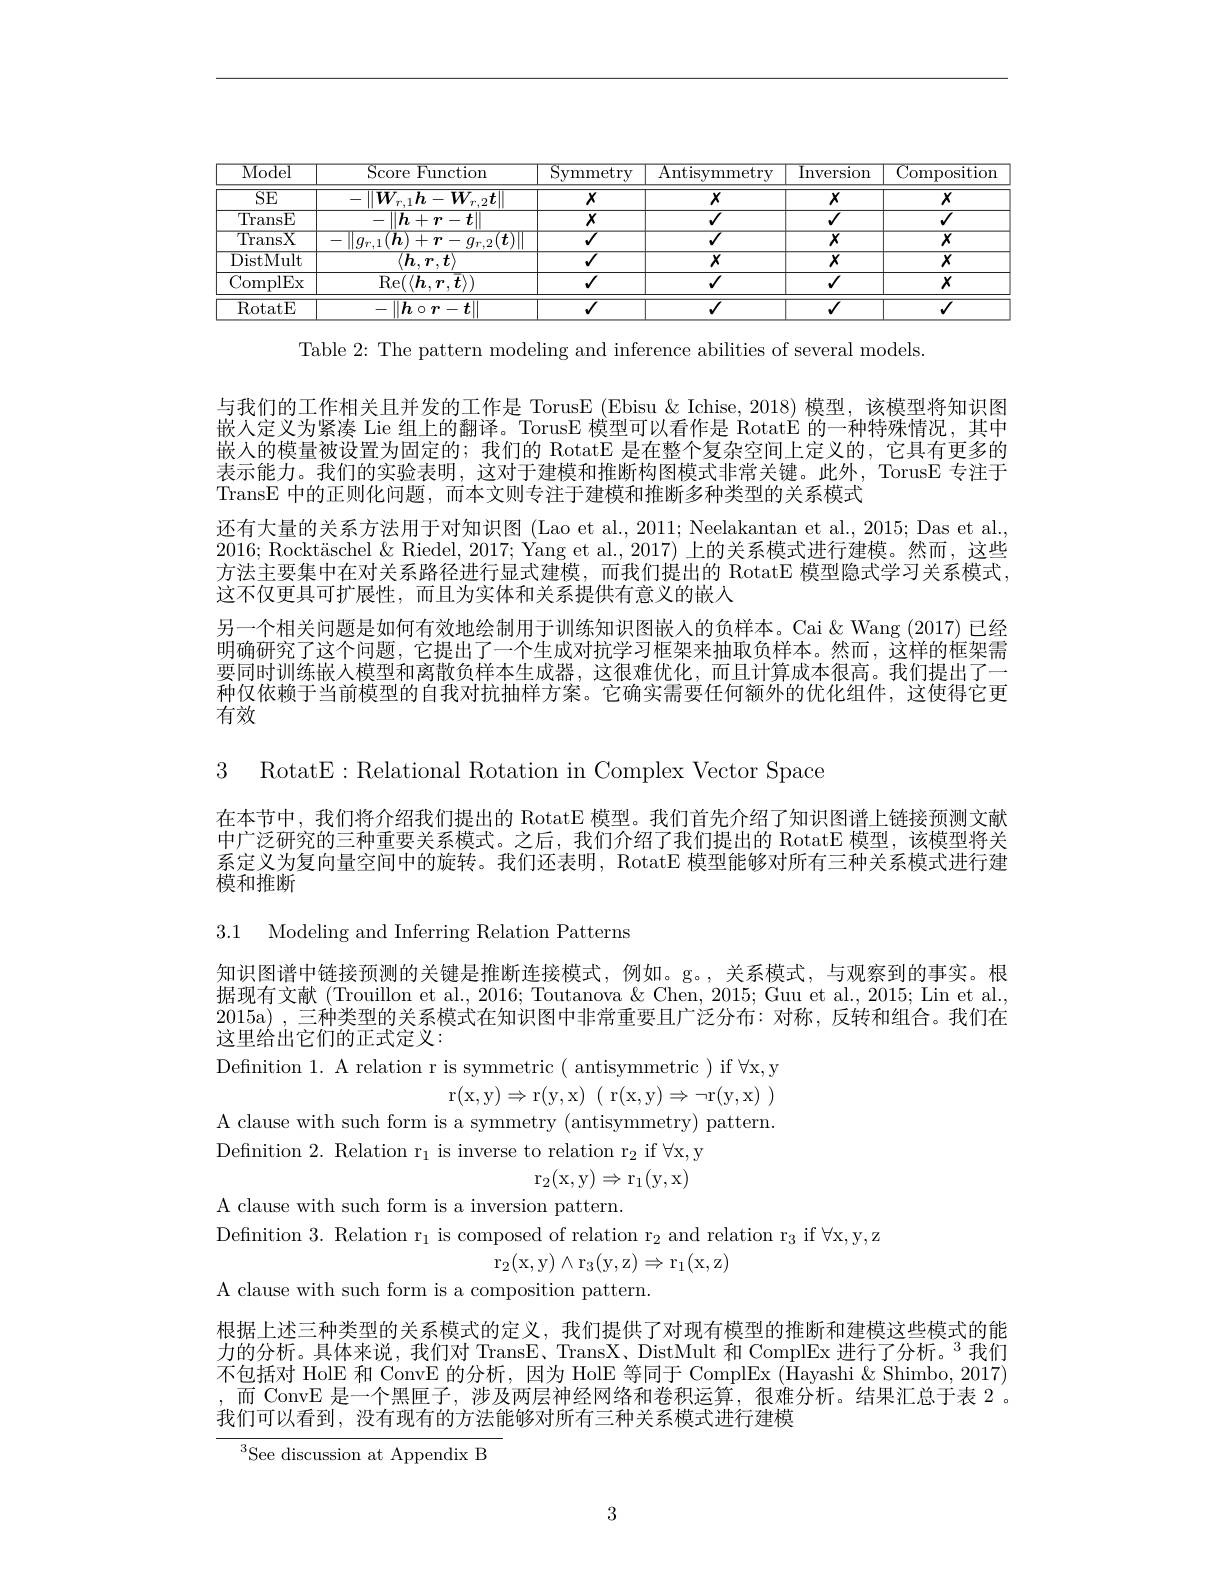
<table>
	<tbody>
		<tr>
			<th>$\overline{\mathrm{Model}}$</th>
			<th>Score Function</th>
			<th>${\mathrm{Symmetry}}$</th>
			<th>Antisymmetry</th>
			<th>$\operatorname{Inversion}$</th>
			<th>${\mathrm{Composition}}$</th>
		</tr>
		<tr>
			<td>$\overline{\mathrm{SE}}$</td>
			<td>$|\boldsymbol{W}_{r.1}\boldsymbol{h}-\boldsymbol{W}_{r.2}\boldsymbol{t}|$</td>
			<td>$X$</td>
			<td>$X$</td>
			<td>$X$</td>
			<td>$X$</td>
		</tr>
		<tr>
			<td>TransE</td>
			<td>$\|h+r-t$</td>
			<td>$X$</td>
			<td>$\overline{J}$</td>
			<td>$\overline{V}$</td>
			<td>$√$</td>
		</tr>
		<tr>
			<td>$\overline{{\mathrm{TransX}}}$</td>
			<td>$U_{r^{*}}$ $(h)$ + 1/ $q_{r.2}$ $t$</td>
			<td>$\overline{V}$</td>
			<td>$\overline{V}$</td>
			<td>$\overline{X}$</td>
			<td>$\overline{X}$</td>
		</tr>
		<tr>
			<td>DistMult</td>
			<td>$\overline{\langle\boldsymbol{h},\boldsymbol{r},\boldsymbol{t}\rangle}$</td>
			<td>$\sqrt{V}$</td>
			<td>$\overline{X}$</td>
			<td>$\overline{x}$</td>
			<td>$\overline{X}$</td>
		</tr>
		<tr>
			<td>ComplEx</td>
			<td>$\operatorname{Re}(\langle\boldsymbol{h},\boldsymbol{r},\overline{\boldsymbol{t}}\rangle)$</td>
			<td>$√$</td>
			<td>$√$</td>
			<td>$√$</td>
			<td>$X$</td>
		</tr>
		<tr>
			<td>RotatE</td>
			<td>$\|\boldsymbol{h}\circ\boldsymbol{r}-t\|$</td>
			<td>$\overline{V}$</td>
			<td>$\overline{V}$</td>
			<td>$\overline{V}$</td>
			<td>$\overline{V}$</td>
		</tr>
	</tbody>
</table>

Table 2: The pattern modeling and inference abilities of several models.

与我们的工作相关且并发的工作是 TorusE (Ebisu & Ichise, 2018) 模型，该模型将知识图嵌人定义为紧凑 Lie 组上的翻译。TorusE 模型可以看作是 Rotat$\dot{\mathcal{E}}$的一种特殊情况，其中嵌人的模量被设置为固定的；我们的 RotatE 是在整个复杂空间上定义的，它具有更多的表示能力。我们的实验表明，这对于建模和推断构图模式非常关键。此外，TorusE 专注于TransE 中的正则化问题，而本文则专注于建模和推断多种类型的关系模式
还有大量的关系方法用于对知识图 (Lao et al., 2011; Neelakantan et al., 2015; Das et al. 2016; Rocktäschel $\&$ Riedel, 2017; Yang et al., 2017) 上的关系模式进行建模。然而，这些方法主要集中在对关系路径进行显式建模，而我们提出的 RotatE 模型隐式学习关系模式， 这不仅更具可扩展性，而且为实体和关系提供有意义的嵌入
另一个相关问题是如何有效地绘制用于训练知识图嵌人的负样本。Cai&Wang (2017) 已经明确研究了这个问题，它提出了一个生成对抗学习框架来抽取负样本。然而，这样的框架需要同时训练嵌人模型和离散负样本生成器，这很难优化，而且计算成本很高。我们提出了一种仅依赖于当前模型的自我对抗抽样方案。它确实需要任何额外的优化组件，这使得它更有效

3 RotatE:Relational Rotation in Complex Vector Space

在本节中，我们将介绍我们提出的 RotatE 模型。我们首先介绍了知识图谱上链接预测文献中广泛研究的三种重要关系模式。之后，我们介绍了我们提出的 RotatE 模型，该模型将关系定义为复向量空间中的旋转。我们还表明，RotatE 模型能够对所有三种关系模式进行建模和推断

3.1 Modeling and Inferring Relation Patterns

知识图谱中链接预测的关键是推断连接模式，例如。g。,关系模式，与观察到的事实。根据现有文献 (Trouillon et al., 2016; Toutanova & Chen, 2015; Guu et al., 2015; Lin et al., 2015a) ,三种类型的关系模式在知识图中非常重要且广泛分布：对称，反转和组合。我们在这里给出它们的正式定义：
Definition 1. A relation r is symmetric ( antisymmetric ) if $\forall$x,y
$$\mathrm r(\mathrm x,\mathrm y)\Rightarrow\mathrm r(\mathrm y,\mathrm x)\:(\:\mathrm r(\mathrm x,\mathrm y)\Rightarrow\neg\mathrm r(\mathrm y,\mathrm x)\:)$$
A clause with such form is a symmetry (antisymmetry) pattern.
Defnition 2. Relation r$_1$ is inverse to relation r$_2$ if $\forall$x,y
$$\mathrm r_2(\mathrm x,\mathrm y)\Rightarrow\mathrm r_1(\mathrm y,\mathrm x)$$
A clause with such form is a inversion pattern.
Definition 3. Relation r$_1$ is composed of relation r$_2$ and relation r$_3$ if $\forall$x,y,z
$$\mathrm r_2(\mathrm x,\mathrm y)\wedge\mathrm r_3(\mathrm y,\mathrm z)\Rightarrow\mathrm r_1(\mathrm x,\mathrm z)$$
A clause with such form is a composition pattern.

根据上述三种类型的关系模式的定义，我们提供了对现有模型的推断和建模这些模式的能力的分析。具体来说，我们对 TransE、TransX、DistMult 和 ComplEx 进行了分析。$^{3}$我们不包括对 HolE 和 ConvE 的分析，因为 HolE 等同于 ComplEx (Hayashi & Shimbo, 2017) ,而 ConvE 是一个黑匣子，涉及两层神经网络和卷积运算，很难分析。结果汇总于表 2。我们可以看到，没有现有的方法能够对所有三种关系模式进行建模

$^3$See discussion at Appendix B

3